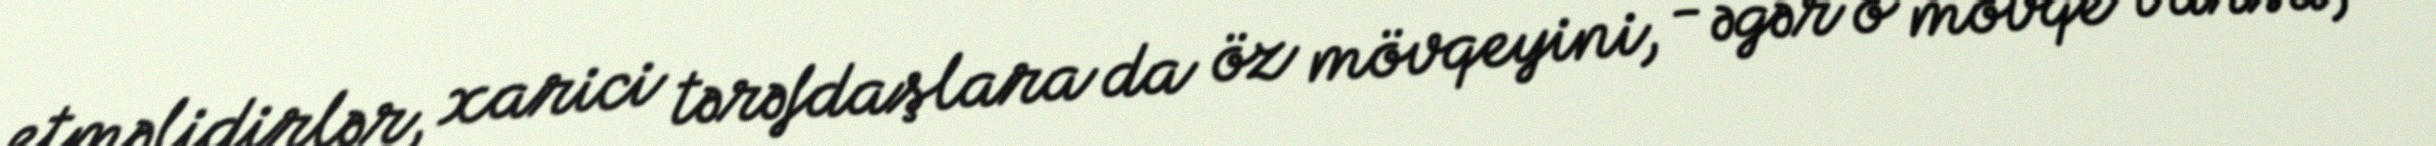
etməlidirlər, xarici tərəfdaşlara da öz mövqeyini, - əgər o mövqe varsa, -